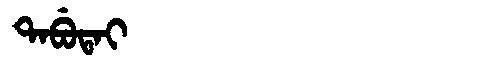
Manchu: ᡨᠠᠪᡠᡨᠠᡳ
Romanization: TABUTAI